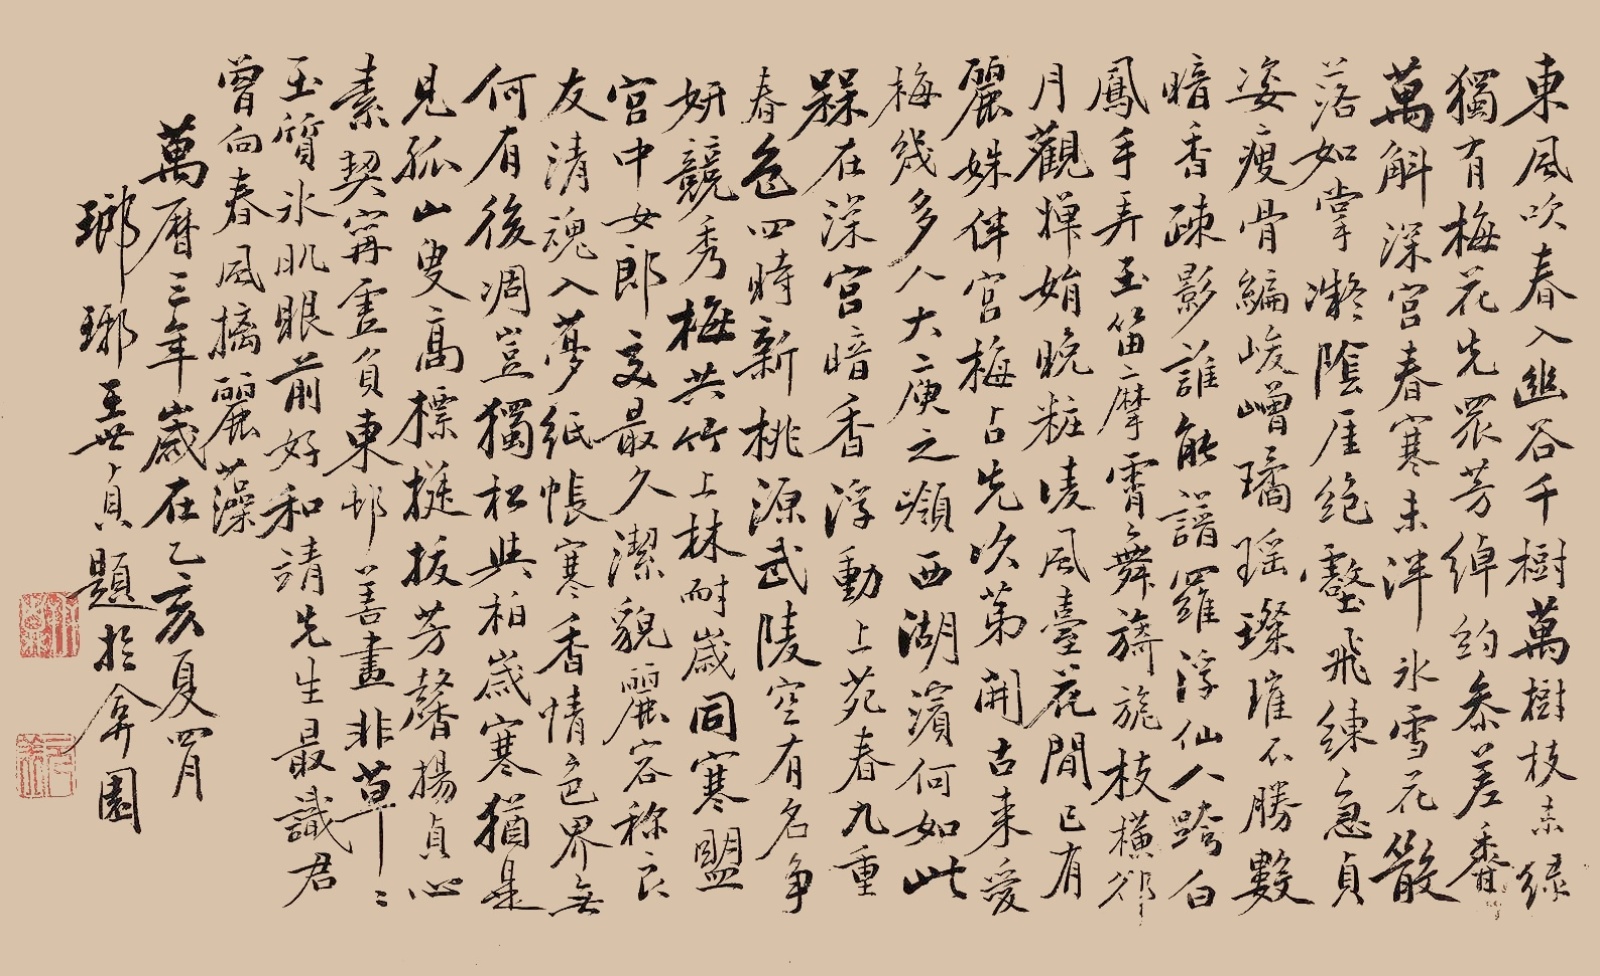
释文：东风吹风入幽谷，千树万树枝未绿；独有梅花先众芳，绰约参差香万斛；深宫春寒未泮冰，雪花散落如掌凝；阴厓绝壑飞练急，贞姿瘦骨编峻嶒；璚瑶璨璀不胜数，暗香䟱影谁能谱；罗浮仙人跨白凤，手弄玉笛摩霄舞；旖旎枝横却月观，婵娟晚妆凌风台；花间已有丽姝伴，宫梅占先吹第开；古来爱梅几多人，大庚之岭西湖滨，何如此梅在深宫；暗香浮动上苑春，九重春色四时新；桃源武陵空有名，争妍竞秀梅共竹；上林耐岁同寒盟，宫中女郎交最久；洁貌丽容称良友，清魂入梦纸帐寒；香情色界无何有；后雕岂独松与柏，岁寒犹见孤山叟；高标挺拔芳馨扬，贞心素契宁虚负；东郊善画非草草，玉质冰肌眼前好；和靖先生最识君，曾向春风摛丽藻。万历三年岁在乙亥夏四月，琅琊王世贞题于弇园。